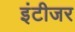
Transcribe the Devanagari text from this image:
इंटीजर